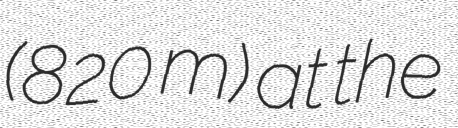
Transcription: (820 m) at the